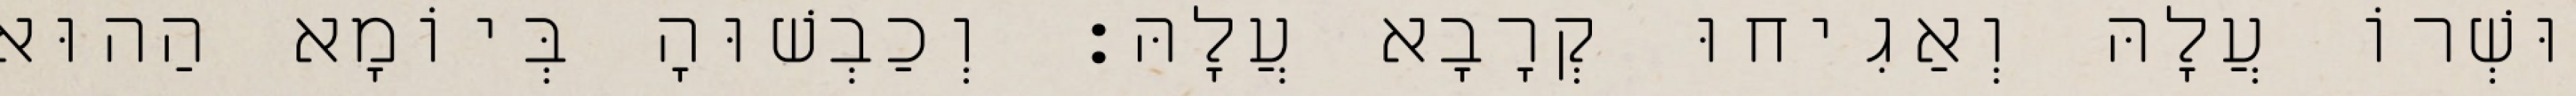
וּשְׁרוֹ עֲלָהּ וְאַגִיחוּ קְרָבָא עֲלָהּ׃ וְכַבְשׁוּהָ בְּיוֹמָא הַהוּא